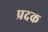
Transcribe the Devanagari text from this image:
प्रदक